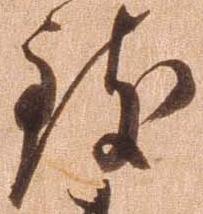
致